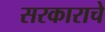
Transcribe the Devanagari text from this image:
सरकाराचे